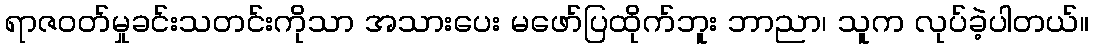
ရာဇဝတ်မှုခင်းသတင်းကိုသာ အသားပေး မဖော်ပြထိုက်ဘူး ဘာညာ၊ သူက လုပ်ခဲ့ပါတယ်။